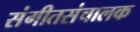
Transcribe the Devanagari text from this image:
संगीतसंचालक